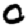
Digit: 0